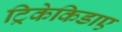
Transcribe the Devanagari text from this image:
ट्रिकेकिडाए